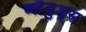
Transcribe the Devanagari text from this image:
ब्लैव़ुड्स